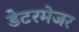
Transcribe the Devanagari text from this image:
डेटरमेजर